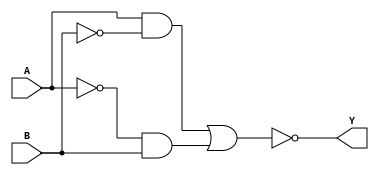
module xor_gate(input A, input B, output Y);
    wire w1, w2, w3, w4;

    assign w1 = A & ~B;
    assign w2 = ~A & B;
    assign w3 = w1 | w2;
    assign w4 = ~w3;
    assign Y = w4;
endmodule